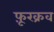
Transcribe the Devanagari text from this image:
फ़ूरक्रव